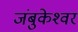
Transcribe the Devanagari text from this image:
जंबुकेश्‍वर